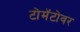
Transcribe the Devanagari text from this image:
टोमॅटोवर